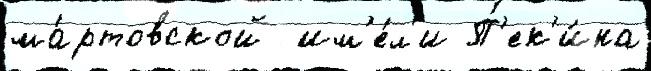
ма́ртовской  им'е́л'и П'ек'и́на